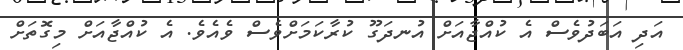
އަދި އަަބަދުވެސް އެ ކުއްޖާއަށް އުނދަގޫ ކުރާކަމަށްވެސް ވެއެވެ. އެ ކުއްޖާއަށް މިގޮތަށް